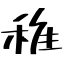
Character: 稚